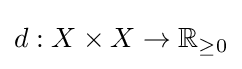
d:X\times X\to \mathbb {R} _{\geq 0}